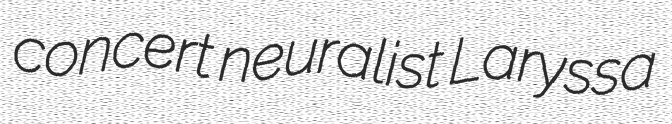
concert neuralist Laryssa